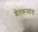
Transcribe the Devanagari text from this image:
शेतकऱ्यांत